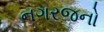
નગરજનો